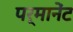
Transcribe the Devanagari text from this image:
पर्मानेंट